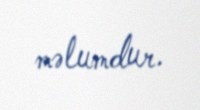
məlumdur.